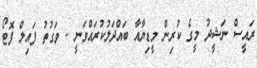
ރައީސް ނަޝީދު މީގެ ކުރިން މީޑިޔާއާ ބައްދަލުކުރައްވަނީ - ވަގުތު ފައިލް ފޮޓޯ